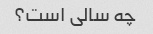
چه سالی است؟